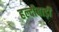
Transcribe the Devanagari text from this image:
हल्दीबाड़ी